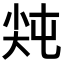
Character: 𡭻